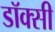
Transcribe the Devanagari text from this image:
डॉक्सी